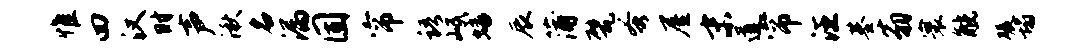
惟四汉时声湫名漏固帘语岷蟠辰蒲甓蚤屋末道帘汪基翁寰觥碾塌